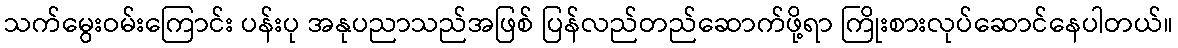
သက်မွေးဝမ်းကြောင်း ပန်းပု အနုပညာသည်အဖြစ် ပြန်လည်တည်ဆောက်ဖို့ရာ ကြိုးစားလုပ်ဆောင်နေပါတယ်။